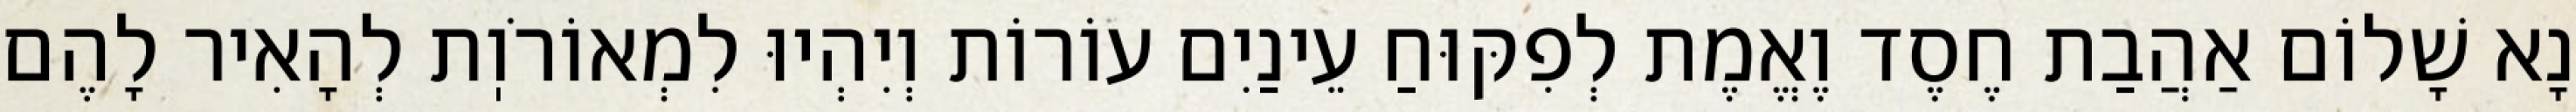
נָא שָׁלוֹם אַהֲבַת חֶסֶד וֶאֱמֶת לְפִקּוּחַ עֵינַיִם עוֹרוֹת וְיִהְיוּ לִמְאוֹרֹוֽת לְהָאִיר לָהֶם